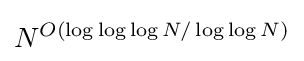
N^{O(\log \log \log N/\log \log N)}